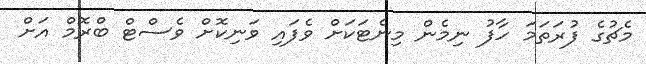
މެޗުގެ ފުރަތަމަ ހާފު ނިމެން މިނެޓަކަށް ވެފައި ވަނިކޮށް ވެސްޓް ބްރޮމް އަށް